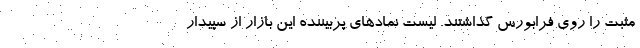
مثبت را روی فرابورس گذاشتند. لیست نمادهای پربیننده این بازار از سپیدار